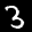
Label: 3